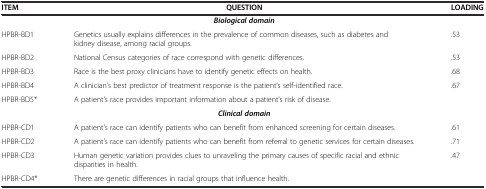
<table><thead><tr><td><b>ITEM</b></td><td><b>QUESTION</b></td><td><b>LOADING</b></td></tr></thead><tbody><tr><td></td><td><b><i>Biological domain</i></b></td><td></td></tr><tr><td>HPBR-BD1</td><td>Genetics usually explains differences in the prevalence of common diseases, such as diabetes and kidney disease, among racial groups.</td><td>.53</td></tr><tr><td>HPBR-BD2</td><td>National Census categories of race correspond with genetic differences.</td><td>.53</td></tr><tr><td>HPBR-BD3</td><td>Race is the best proxy clinicians have to identify genetic effects on health.</td><td>.68</td></tr><tr><td>HPBR-BD4</td><td>A clinician’s best predictor of treatment response is the patient’s self-identified race.</td><td>.67</td></tr><tr><td>HPBR-BD5*</td><td>A patient’s race provides important information about a patient’s risk of disease.</td><td></td></tr><tr><td></td><td><b><i>Clinical domain</i></b></td><td></td></tr><tr><td>HPBR-CD1</td><td>A patient’s race can identify patients who can benefit from enhanced screening for certain diseases.</td><td>.61</td></tr><tr><td>HPBR-CD2</td><td>A patient’s race can identify patients who can benefit from referral to genetic services for certain diseases.</td><td>.71</td></tr><tr><td>HPBR-CD3</td><td>Human genetic variation provides clues to unraveling the primary causes of specific racial and ethnic disparities in health.</td><td>.47</td></tr><tr><td>HPBR-CD4*</td><td>There are genetic differences in racial groups that influence health.</td><td></td></tr></tbody></table>